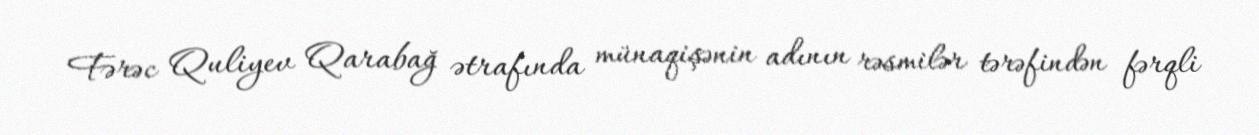
Fərəc Quliyev Qarabağ ətrafında münaqişənin adının rəsmilər tərəfindən fərqli